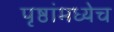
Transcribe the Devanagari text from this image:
पृष्ठांमध्येच